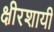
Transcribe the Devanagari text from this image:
क्षीरशायी